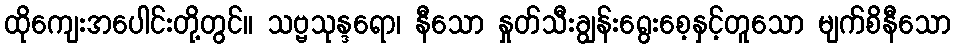
ထိုကျေးအပေါင်းတို့တွင်။ သဗ္ဗသုန္ဒရော၊ နီသော နှုတ်သီးချွန်းရွေးစေ့နှင့်တူသော မျက်စိနီသော